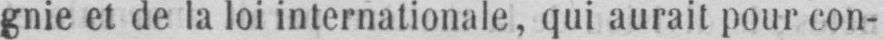
gnie et de la loi internationale, qui aurait pour con-